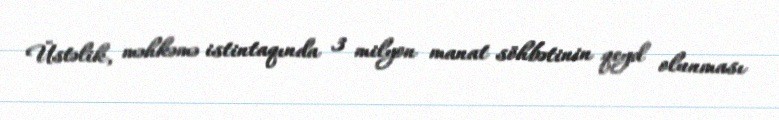
Üstəlik, məhkəmə istintaqında 3 milyon manat söhbətinin qeyd olunması